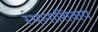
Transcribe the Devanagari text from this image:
स्थानाशिवाय